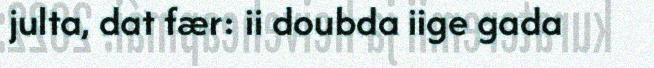
julta, dat fær: ii doubda iige gada